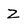
Character: Z